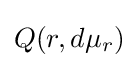
Q(r,d\mu _{r})